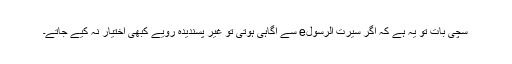
سچی بات تو یہ ہے کہ اگر سیرت الرسولe سے آگاہی ہوتی تو غیر پسندیدہ رویے کبھی اختیار نہ کیے جاتے۔